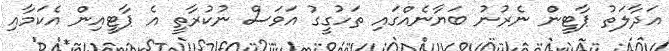
އަދާލަތު ޕާޓީން ނެރުނު ބަޔާނެއްގައި ތަހުގީގު އަވަސް ނުކުރާތީ އެ ޕާޓީއިން އެކަމާއި